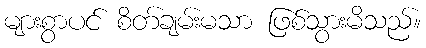
များစွာပင် စိတ်ချမ်းမသာ ဖြစ်သွားမိသည်။